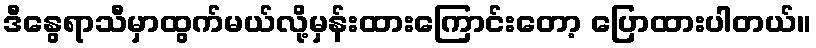
ဒီနွေရာသီမှာထွက်မယ်လို့မှန်းထားကြောင်းတော့ ပြောထားပါတယ်။